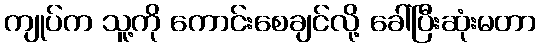
ကျုပ်က သူ့ကို ကောင်းစေချင်လို့ ခေါ်ပြီးဆုံးမတာ